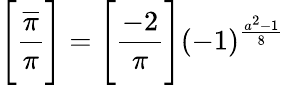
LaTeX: {\Bigg[}{\frac{\overline{{\pi}}}{\pi}}{\Bigg]}={\Bigg[}{\frac{-2}{\pi}}{\Bigg]}(-1)^{\frac{a^{2}-1}{8}}